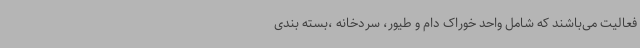
فعالیت می‌باشند که شامل واحد خوراک دام و طیور، سردخانه ،بسته بندی